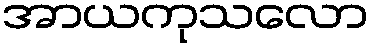
အာယကုသလော